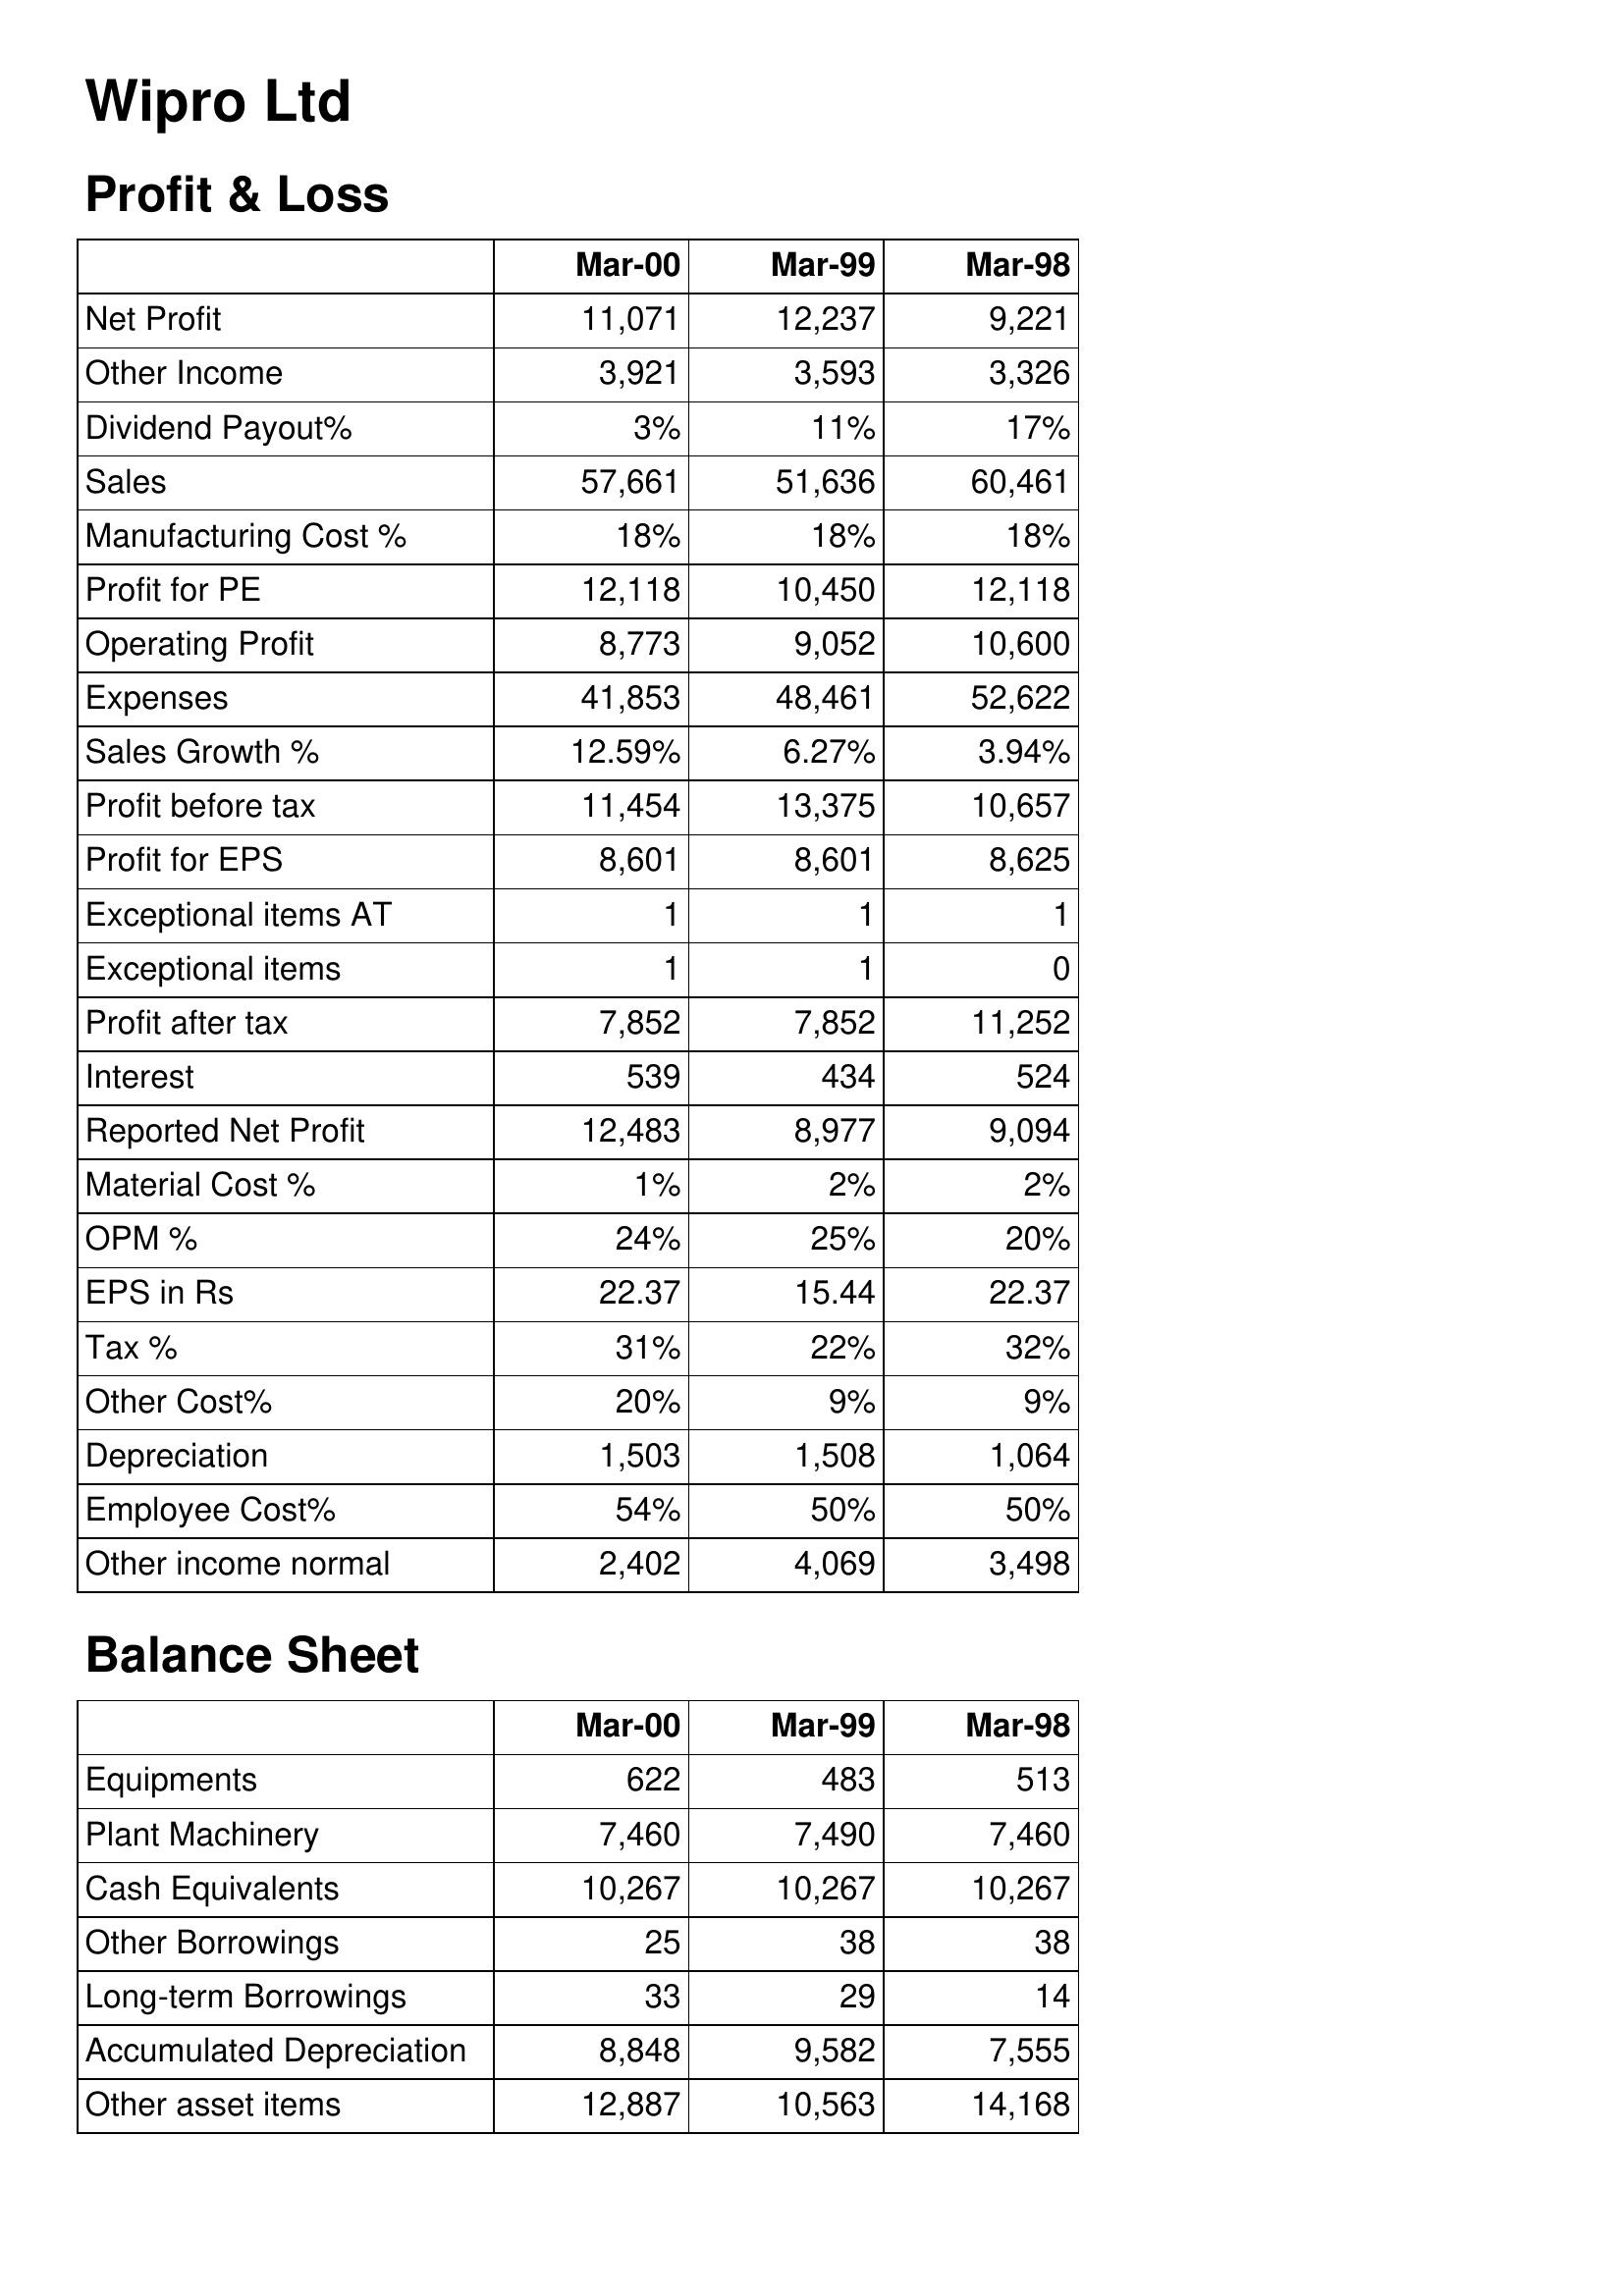
Mar-00: Profit & Loss: Net Profit: 11,071
Other Income: 3,921
Dividend Payout%: 3%
Sales: 57,661
Manufacturing Cost %: 18%
Profit for PE: 12,118
Operating Profit: 8,773
Expenses: 41,853
Sales Growth %: 12.59%
Profit before tax: 11,454
Profit for EPS: 8,601
Exceptional items AT: 1
Exceptional items: 1
Profit after tax: 7,852
Interest: 539
Reported Net Profit: 12,483
Material Cost %: 1%
OPM %: 24%
EPS in Rs: 22.37
Tax %: 31%
Other Cost%: 20%
Depreciation: 1,503
Employee Cost%: 54%
Other income normal: 2,402
Balance Sheet: Equipments: 622
Plant Machinery: 7,460
Cash Equivalents: 10,267
Other Borrowings: 25
Long-term Borrowings: 33
Accumulated Depreciation: 8,848
Other asset items: 12,887
Mar-99: Profit & Loss: Net Profit: 12,237
Other Income: 3,593
Dividend Payout%: 11%
Sales: 51,636
Manufacturing Cost %: 18%
Profit for PE: 10,450
Operating Profit: 9,052
Expenses: 48,461
Sales Growth %: 6.27%
Profit before tax: 13,375
Profit for EPS: 8,601
Exceptional items AT: 1
Exceptional items: 1
Profit after tax: 7,852
Interest: 434
Reported Net Profit: 8,977
Material Cost %: 2%
OPM %: 25%
EPS in Rs: 15.44
Tax %: 22%
Other Cost%: 9%
Depreciation: 1,508
Employee Cost%: 50%
Other income normal: 4,069
Balance Sheet: Equipments: 483
Plant Machinery: 7,490
Cash Equivalents: 10,267
Other Borrowings: 38
Long-term Borrowings: 29
Accumulated Depreciation: 9,582
Other asset items: 10,563
Mar-98: Profit & Loss: Net Profit: 9,221
Other Income: 3,326
Dividend Payout%: 17%
Sales: 60,461
Manufacturing Cost %: 18%
Profit for PE: 12,118
Operating Profit: 10,600
Expenses: 52,622
Sales Growth %: 3.94%
Profit before tax: 10,657
Profit for EPS: 8,625
Exceptional items AT: 1
Exceptional items: 0
Profit after tax: 11,252
Interest: 524
Reported Net Profit: 9,094
Material Cost %: 2%
OPM %: 20%
EPS in Rs: 22.37
Tax %: 32%
Other Cost%: 9%
Depreciation: 1,064
Employee Cost%: 50%
Other income normal: 3,498
Balance Sheet: Equipments: 513
Plant Machinery: 7,460
Cash Equivalents: 10,267
Other Borrowings: 38
Long-term Borrowings: 14
Accumulated Depreciation: 7,555
Other asset items: 14,168